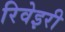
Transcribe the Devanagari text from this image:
रिवेइरी